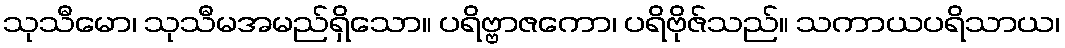
သုသီမော၊ သုသီမအမည်ရှိသော။ ပရိဗ္ဗာဇကော၊ ပရိဗိုဇ်သည်။ သကာယပရိသာယ၊